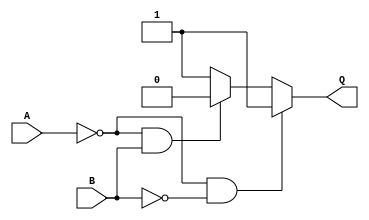
module circuit_1_if_1 (
  input A, B,
  output reg Q
);
  always @ (*) begin
    if((A==0)&&(B==0)) Q = 1;
    else if((A==0)&&(B==1)) Q = 0;
    else if((A==1)&&(B==0)) Q = 1;
    else Q = 1;
  end
endmodule